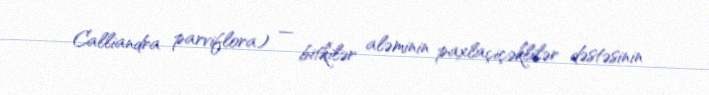
Calliandra parviflora) — bitkilər aləminin paxlaçiçəklilər dəstəsinin